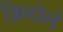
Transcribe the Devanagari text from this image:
फ्रिटोले